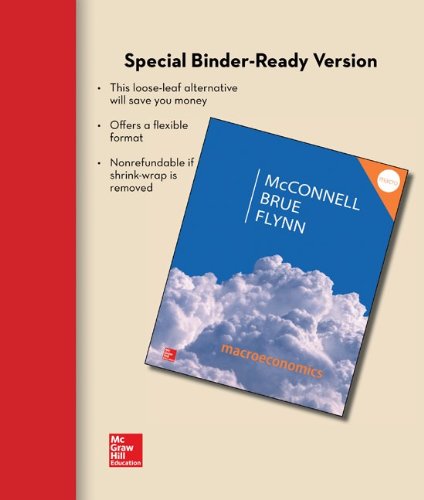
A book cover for Loose Leaf Macroeconomics with Connect Access Card; Campbell McConnell; Business & Money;